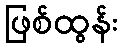
ဖြစ်ထွန်း